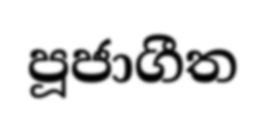
පූජාගීත